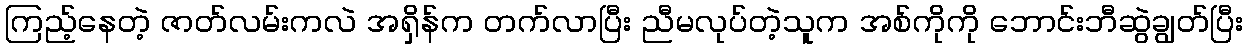
ကြည့်နေတဲ့ ဇာတ်လမ်းကလဲ အရှိန်က တက်လာပြီး ညီမလုပ်တဲ့သူက အစ်ကိုကို ဘောင်းဘီဆွဲချွတ်ပြီး